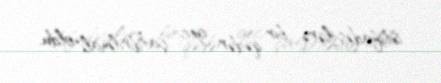
istifadəçilərə bir qədər gec çatdırılmalı oldu.